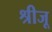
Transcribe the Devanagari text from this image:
श्रीजू